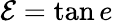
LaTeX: \mathcal{E}=\tan e